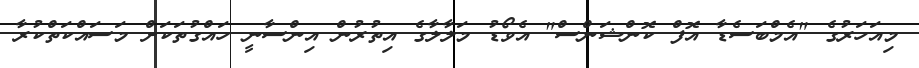
މިއަހަރުގެ "އެމްބަސެޑާ އޮފް ކޮންޝަންސް" އެވޯޑު މަލާލާގެ އިތުރުން އިންސާނީ ހައްގުތަކަށް މަސައްކަތްކުރާ